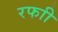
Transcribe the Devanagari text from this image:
रफाी